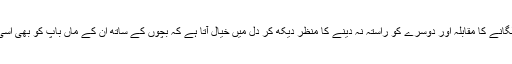
سکول گیٹ کے سامنے گاڑی لگانے کا مقابلہ اور دوسرے کو راستہ نہ دینے کا منظر دیکھ کر دل میں خیال آتا ہے کہ بچوں کے ساتھ ان کے ماں باپ کو بھی اسی کلاس میں داخلہ دلا دیا جائے۔